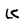
Character: K